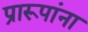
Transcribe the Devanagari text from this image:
प्रारूपांना